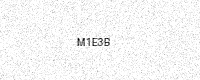
Text: M1E3B